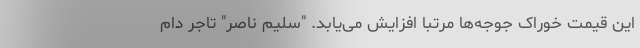
این قیمت خوراک جوجه‌ها مرتبا افزایش می‌یابد. "سلیم ناصر" تاجر دام